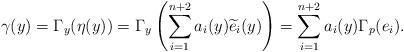
LaTeX: \begin{align*}\gamma(y) = \Gamma_y(\eta(y)) = \Gamma_y \left(\sum_{i=1}^{n+2} a_i(y) \widetilde{e}_i (y) \right) = \sum_{i=1}^{n+2} a_i(y) \Gamma_p(e_i).\end{align*}